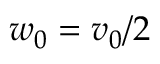
w _ { 0 } = v _ { 0 } / 2